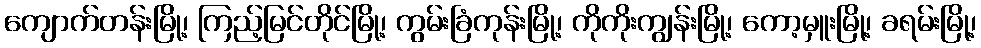
ကျောက်တန်းမြို့၊ ကြည့်မြင်တိုင်မြို့၊ ကွမ်းခြံကုန်းမြို့၊ ကိုကိုးကျွန်းမြို့၊ ကော့မှူးမြို့၊ ခရမ်းမြို့၊